Annual report on the working of the lock hospitals in the Central Provinces
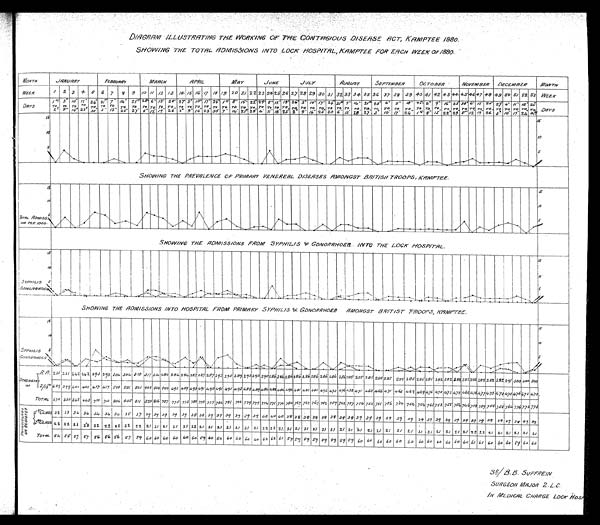
DIAGRAM ILLUSTRATNG THE WORKING OF THE CONTAGIOUS DISEASE ACT, KAMPTEE 1880.
SHOWING THE TOTAL ADMISIONS INTO LOCK HOSPITAL, KAMPTEE FOR EACH WEEK OF 1880.
SHOWING THE PREVALENCE OF PRIMARY VENEREAL DISEASES AMONGST BRITISH TROOPS, KAMPTEE.
SHOWI NG THE ADMI SSI ONS FROM SYPHI LI S & GONORRHOER I NTO THE LOCK HOSPI TAL.
S H O W I N G T H E A D M I S S I O N S I N T O H O S P I T A L F R O M P R I M A R Y S Y P H I L I S & G O N O R R H O E S A M O N G S T B R I T I S H T R O O P S , K A M P T E E .
S P / 1 1 / B . B . S U F F R E I N
S U R G E O N M A J O R 2 . L . C .I
N M E D I C A L C H A R G E L O C K H O S P